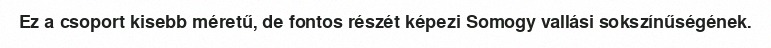
Ez a csoport kisebb méretű, de fontos részét képezi Somogy vallási sokszínűségének.